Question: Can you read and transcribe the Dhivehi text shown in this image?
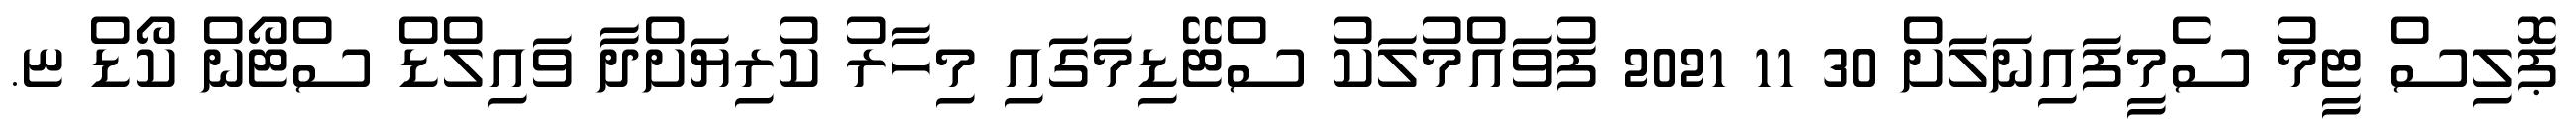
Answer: ޕޮލިސް ޓީމު ސެމީފައިނަލަށް 30 11 2021 ފުވައްމުލަކު ސްޓޭޑިމަގައި މިހާރު ކުރިޔަށްދާ ވައިލްޑް ސްޓޯން ކޯޑް ޏ.